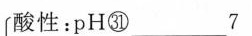
酸性：pH㉛______7